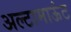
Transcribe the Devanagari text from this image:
अल्टामाऊंट